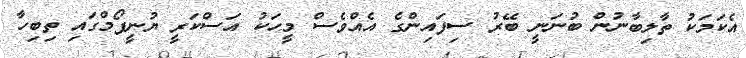
އެކަމަކު ތާލިބާނުން ބުނަނީ ބޭރު ސިފައިންގެ އެއްވެސް މީހަކު އަސްކަރީ ޔުނީފޯމްގައި ތިބިހާ